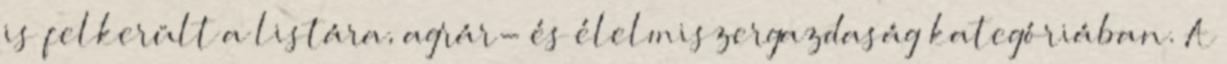
is felkerült a listára, agrár- és élelmiszergazdaság kategóriában. A